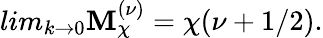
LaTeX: lim_{k\rightarrow0}\mathbf{M}_{\chi}^{(\nu)}=\chi(\nu+1/2).